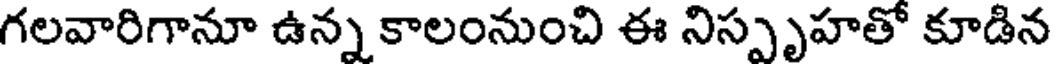
గలవారిగానూ ఉన్న కాలంనుంచి ఈ నిస్పృహతో కూడిన